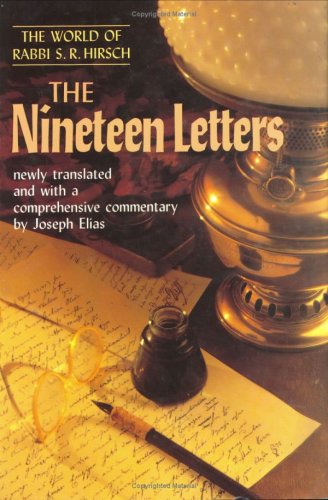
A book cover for The Nineteen Letters: The World of Rabbi S. R. Hirsch; Religion & Spirituality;